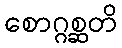
စောဂ္ဂစ္ဆတိ